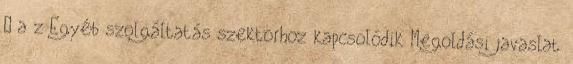
– a z Egyéb szolgáltatás szektorhoz kapcsolódik Megoldási javaslat